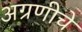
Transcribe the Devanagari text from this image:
अग्रणीचे